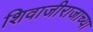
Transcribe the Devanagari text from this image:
शिवाजीराजाच्या